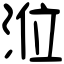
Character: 涖